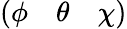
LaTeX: \left(\begin{array}{lll}{\phi}&{\theta}&{\chi}\end{array}\right)